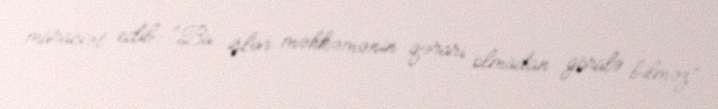
müraciət edib: “Bu işlər məhkəmənin qərarı olmadan görülə bilməz”.